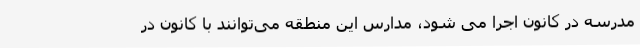
مدرسه در کانون اجرا می شود، مدارس این منطقه می‌توانند با کانون در